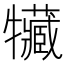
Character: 𤜐